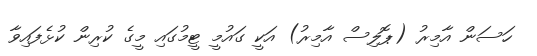
ހަސަން އާމިރު (ޕޮލިސް އާމިރު) އަކީ ގައުމީ ޓީމުގައި މީގެ ކުރިން ކުޅެފައިވާ